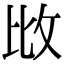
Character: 𢻹